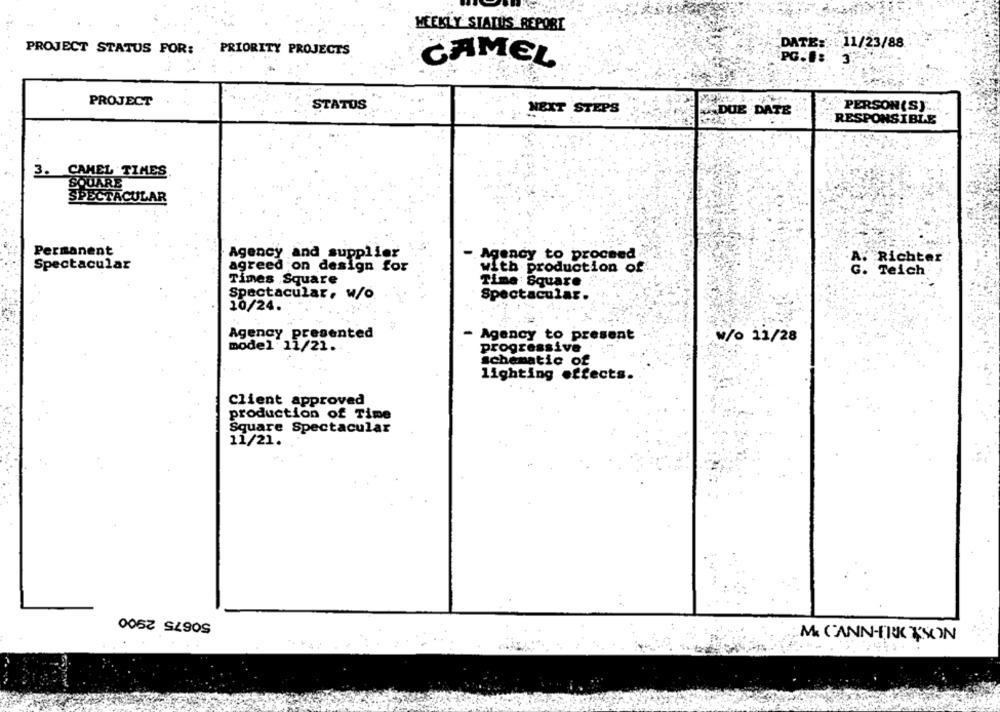
WEEKLY STATUS REPORT
DATE: 11/23/88
PROJECT STATUS FOR:
PRIORITY PROJECTS
CAMEL
PG.1: 3
PROJECT
STATUS
NEXT STEPS
DUE DATE
PERSON(S).
RESPONSIBLE
3. CAMEL TIMES
SQUARE
SPECTACULAR
Permanent
Agency and supplier
-. Agency to proceed
Richter
Spectacular
agreed on design for
with production of
G. Teich
Times Square
Time Square
Spectacular, W/o
Spectacular.
10/24.
Agency presented
- Agency to present
w/o 11/28
model 11/21.
progressive
schematic of
lighting effects.
Client approved
production of Time
Square Spectacular
11/21.
50675 2900
M CANN-FRE TSON